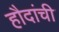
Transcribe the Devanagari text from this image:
हौदांची